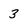
Character: 3